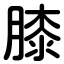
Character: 膝